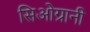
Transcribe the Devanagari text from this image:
सिओग्रानी